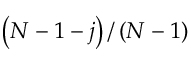
\left( N - 1 - j \right) / \left( N - 1 \right)